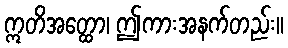
ဣတိအတ္ထော၊ ဤကားအနက်တည်း။